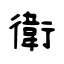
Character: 衛